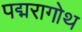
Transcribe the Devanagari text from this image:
पद्मरागोथ